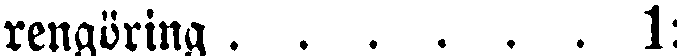
rengöring . . . . . . 1: